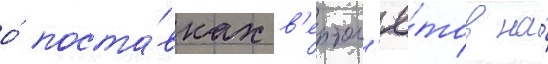
о́ поста́вках в'ертол'ё́тов на́